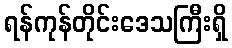
ရန်ကုန်တိုင်းဒေသကြီးရှိ